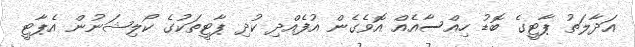
އަދާލަތު ޕާޓީގެ ބޮޑު ހިއްސާއެއް އޮވެގެން އުފެއްދި ކުދި ޕާޓީތަކުގެ ކޯލިޝަނުން އެޕާޓީ